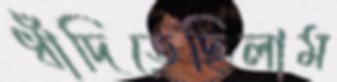
ধাঁদিতেছিলাম